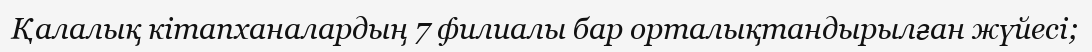
Қалалық кітапханалардың 7 филиалы бар орталықтандырылған жүйесі;